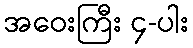
အဝေးကြီး ၄-ပါး